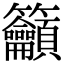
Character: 籲